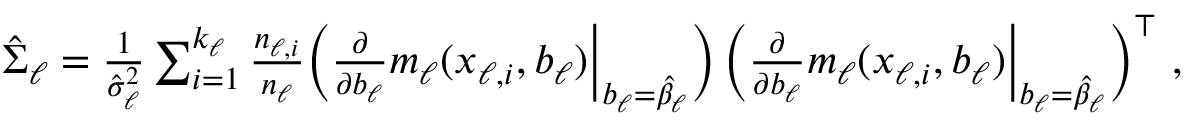
\begin{array} { r } { \hat { \Sigma } _ { \ell } = \frac { 1 } { \hat { \sigma } _ { \ell } ^ { 2 } } \sum _ { i = 1 } ^ { k _ { \ell } } { \frac { n _ { \ell , i } } { n _ { \ell } } } \Big ( \frac { \partial } { \partial b _ { \ell } } { m } _ { \ell } ( x _ { \ell , i } , b _ { \ell } ) \Big | _ { b _ { \ell } = \hat { \beta } _ { \ell } } \Big ) \thinspace \Big ( \frac { \partial } { \partial b _ { \ell } } { m } _ { \ell } ( x _ { \ell , i } , b _ { \ell } ) \Big | _ { b _ { \ell } = \hat { \beta } _ { \ell } } \Big ) ^ { \top } ~ , } \end{array}